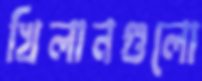
খিলানগুলো